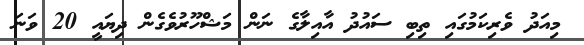
މިއަދު ވެރިކަމުގައި ތިބި ސައުދު އާއިލާގެ ނަން މަޝްހޫރުވެގެން ދިޔައީ 20 ވަނަ